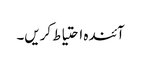
آئندہ احتیاط کریں۔